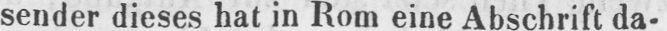
sender dieses hat in Rom eine Abschrift da-